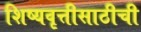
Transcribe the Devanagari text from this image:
शिष्यवृत्तीसाठीची